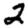
Digit: 2